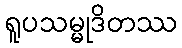
ရူပသမ္မုဒိတဿ